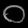
Digit: ၀